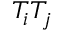
T _ { i } T _ { j }